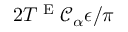
2 T ^ { \textnormal { E } } \mathcal { C } _ { \alpha } \epsilon / \pi